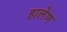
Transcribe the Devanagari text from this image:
हालेण